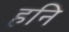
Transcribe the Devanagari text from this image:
हनि